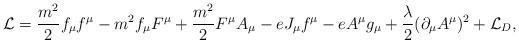
LaTeX: \begin{align*}{\cal L}= \frac{m^2}{2} f_\mu f^\mu - m^2 f_\mu F^\mu+ \frac{m^2}{2} F^\mu A_\mu -e J_\mu f^\mu -e A^\mu g_\mu+ \frac {\lambda}{2} (\partial_\mu A^\mu)^2+ {\cal L}_D,\end{align*}